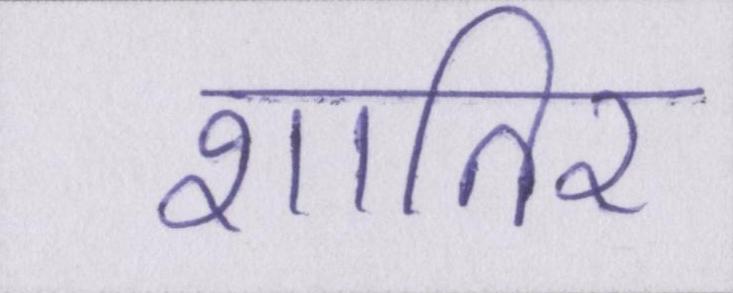
शातिर